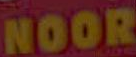
NOOR